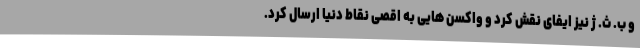
و ب. ث. ژ نیز ایفای نقش کرد و واکسن هایی به اقصی نقاط دنیا ارسال کرد.